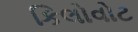
કિલોવોટ